Scientific memoirs by medical officers of the Army of India - Part XII,
Year: 1901
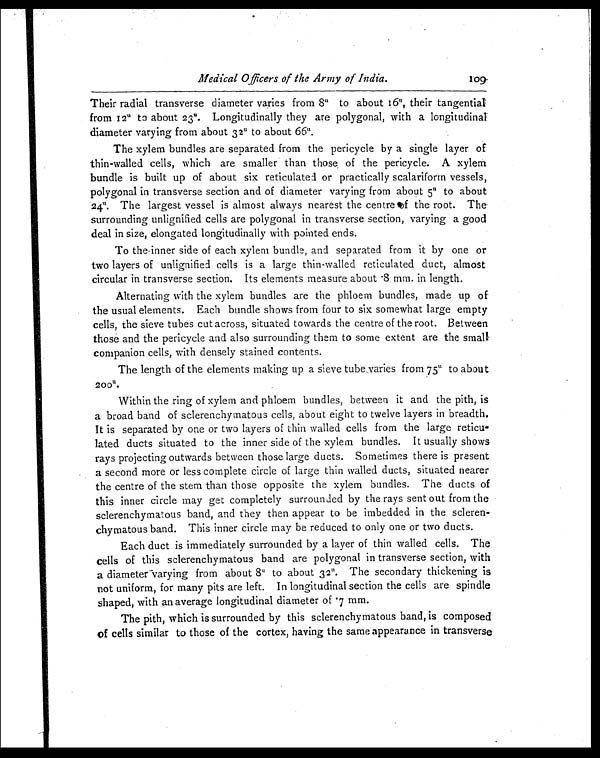
Medical Officers of the Army of India.
109.
Their radial transverse diameter varies from 8
u
to about 16
u
, their tangential
from 12 u to about 2 3
u
. Longitudinally they are polygonal, with a longitudinal
diameter varying from about 32
u
to about 66
u
.
The xylem bundles are separated from the pericycle by a single layer of
thin-walled cells, which are smaller than those of the pericycle. A xylem
bundle is built up of about six reticulated or practically scalariform vessels,
polygonal in transverse section and of diameter varying from about 5
u
to about
24
u
. The largest vessel is almost always nearest the centre of the root. The
surrounding unlignified cells are polygonal in transverse section, varying a good
deal in size, elongated longitudinally with pointed ends.
To the-inner side of each xylem bundle, and separated from it by one or
two layers of unlignified cells is a large thin-walled reticulated duct, almost
circular in transverse section. Its elements measure about .8 mm. in length.
Alternating with the xylem bundles are the phloem bundles, made up of
the usual elements. Each bundle shows from four to six somewhat large empty
cells, the sieve tubes cut across, situated towards the centre of the root. Between
those and the pericycle and also surrounding them to some extent are the small
companion cells, with densely stained contents.
The length of the elements making up a sieve tube varies from 75
u
to about
200 u.
Within the ring of xylem and phloem bundles, between it and the pith, is
a broad band of sclerenchymatous cells, about eight to twelve layers in breadth.
It is separated by one or two layers of thin walled cells from the large reticu-
-lated ducts situated to the inner side of the xylem bundles. It usually shows
rays projecting outwards between those large ducts. Sometimes there is present
a second more or less complete circle of large thin walled ducts, situated nearer
the centre of the stem than those opposite the xylem bundles. The ducts of
this inner circle may get completely surrounded by the rays sent out from the
sclerenchymatous band, and they then appear to be imbedded in the
scleren-chymatous band. This inner circle may be reduced to only one or two ducts.
Each duct is immediately surrounded by a layer of thin walled cells. The
cells of this sclerenchymatous band are polygonal in transverse section, with
a diameter varying from about 8
u
to about 32
u
. The secondary thickening is
not uniform, for many pits are left. In longitudinal section the cells are spindle
shaped, with an average longitudinal diameter of .7 mm.
The pith, which is surrounded by this sclerenchymatous band, is composed
of cells similar to those of the cortex, having the same appearance in transverse